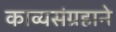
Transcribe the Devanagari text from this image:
काव्यसंग्रहाने